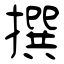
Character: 撰